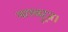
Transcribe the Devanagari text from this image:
मारक्यूज़।